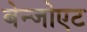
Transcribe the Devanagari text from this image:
बेन्जोएट